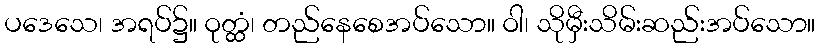
ပဒေသေ၊ အရပ်၌။ ဝုတ္ထံ၊ တည်နေစေအပ်သော။ ဝါ၊ သိုမှီးသိမ်းဆည်းအပ်သော။